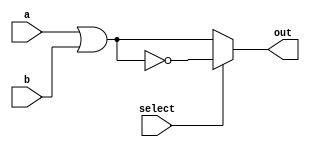
module Guia_0702 (input a, input b, input select, output out);

  wire or_out, nor_out;

  // Portas NATIVAS para implementar operaes lgicas
  or OR1 (or_out, a, b);
  nor NOR1 (nor_out, a, b);

  // Seleo da sada
  assign out = (select) ? nor_out : or_out;

endmodule

module test_Guia_0702;

  reg a, b, select;
  wire out;

  Guia_0702 uut (a, b, select, out);

  initial begin
    $display(" a b sel out");
    a = 1'b0; b = 1'b1; select = 1'b0;

    // Projetar testes do mdulo
    #1 $monitor("%b %b %b %b", a, b, select, out);
    #1 select = 1'b1;
  end

endmodule